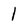
Character: 1